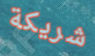
شريكة